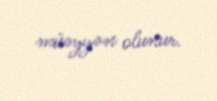
müəyyən olunur.